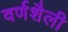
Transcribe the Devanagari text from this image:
वर्णशैली